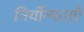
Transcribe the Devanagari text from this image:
निर्योग्यताएँ